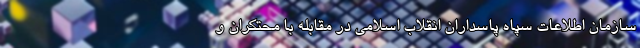
سازمان اطلاعات سپاه پاسداران انقلاب اسلامی در مقابله با محتکران و